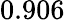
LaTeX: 0.906